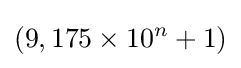
(9,175\times 10^{n}+1)